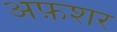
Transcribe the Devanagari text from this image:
अफ़शर